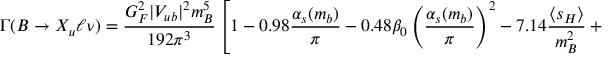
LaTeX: \Gamma ( B \to X _ { u } \ell \nu ) = { \frac { G _ { F } ^ { 2 } | V _ { u b } | ^ { 2 } m _ { B } ^ { 5 } } { 1 9 2 \pi ^ { 3 } } } \left[ 1 - 0 . 9 8 { \frac { \alpha _ { s } ( m _ { b } ) } { \pi } } - 0 . 4 8 \beta _ { 0 } \left( { \frac { \alpha _ { s } ( m _ { b } ) } { \pi } } \right) ^ { 2 } - 7 . 1 4 { \frac { \langle s _ { H } \rangle } { m _ { B } ^ { 2 } } } + \dots \right] \, ,